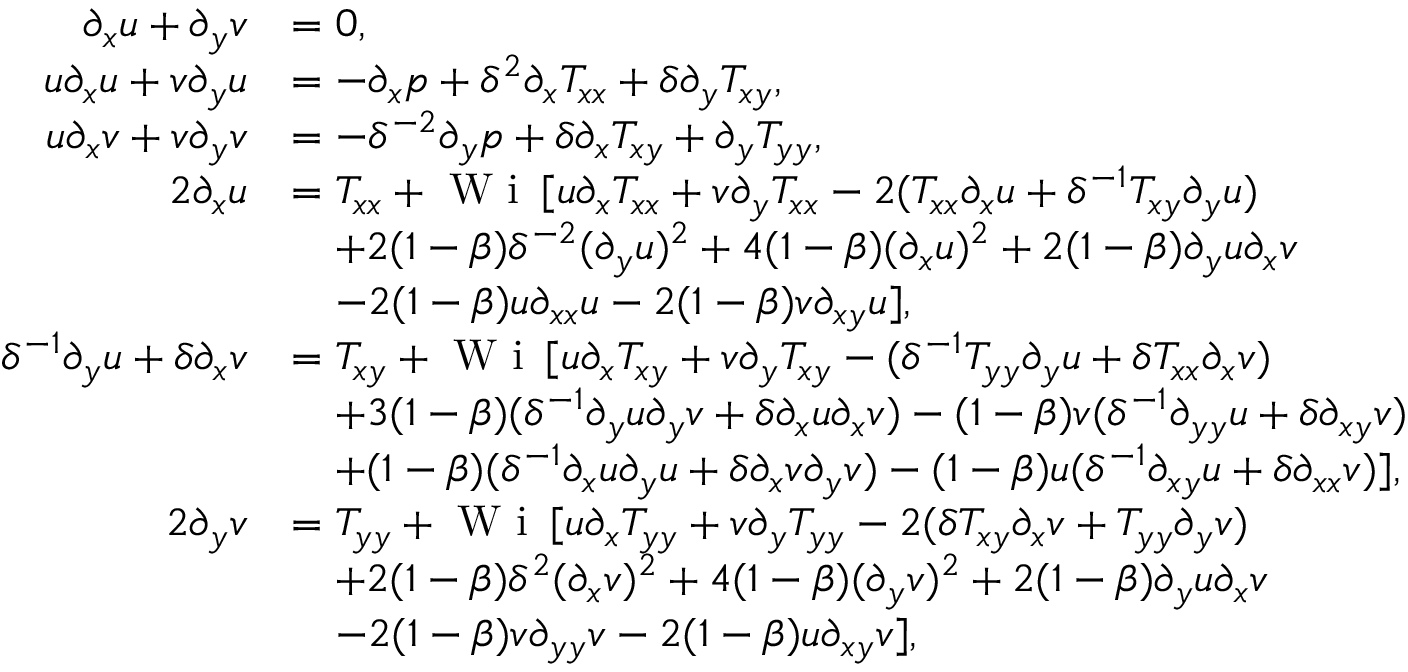
\begin{array} { r l } { \partial _ { x } u + \partial _ { y } v } & { = 0 , } \\ { u \partial _ { x } u + v \partial _ { y } u } & { = - \partial _ { x } p + \delta ^ { 2 } \partial _ { x } T _ { x x } + \delta \partial _ { y } T _ { x y } , } \\ { u \partial _ { x } v + v \partial _ { y } v } & { = - \delta ^ { - 2 } \partial _ { y } p + \delta \partial _ { x } T _ { x y } + \partial _ { y } T _ { y y } , } \\ { 2 \partial _ { x } u } & { = T _ { x x } + \textrm { W i } \, [ u \partial _ { x } T _ { x x } + v \partial _ { y } T _ { x x } - 2 ( T _ { x x } \partial _ { x } u + \delta ^ { - 1 } T _ { x y } \partial _ { y } u ) } \\ & { \quad + 2 ( 1 - \beta ) \delta ^ { - 2 } ( \partial _ { y } u ) ^ { 2 } + 4 ( 1 - \beta ) ( \partial _ { x } u ) ^ { 2 } + 2 ( 1 - \beta ) \partial _ { y } u \partial _ { x } v } \\ & { \quad - 2 ( 1 - \beta ) u \partial _ { x x } u - 2 ( 1 - \beta ) v \partial _ { x y } u ] , } \\ { \delta ^ { - 1 } \partial _ { y } u + \delta \partial _ { x } v } & { = T _ { x y } + \textrm { W i } \, [ u \partial _ { x } T _ { x y } + v \partial _ { y } T _ { x y } - ( \delta ^ { - 1 } T _ { y y } \partial _ { y } u + \delta T _ { x x } \partial _ { x } v ) } \\ & { \quad + 3 ( 1 - \beta ) ( \delta ^ { - 1 } \partial _ { y } u \partial _ { y } v + \delta \partial _ { x } u \partial _ { x } v ) - ( 1 - \beta ) v ( \delta ^ { - 1 } \partial _ { y y } u + \delta \partial _ { x y } v ) } \\ & { \quad + ( 1 - \beta ) ( \delta ^ { - 1 } \partial _ { x } u \partial _ { y } u + \delta \partial _ { x } v \partial _ { y } v ) - ( 1 - \beta ) u ( \delta ^ { - 1 } \partial _ { x y } u + \delta \partial _ { x x } v ) ] , } \\ { 2 \partial _ { y } v } & { = T _ { y y } + \textrm { W i } \, [ u \partial _ { x } T _ { y y } + v \partial _ { y } T _ { y y } - 2 ( \delta T _ { x y } \partial _ { x } v + T _ { y y } \partial _ { y } v ) } \\ & { \quad + 2 ( 1 - \beta ) \delta ^ { 2 } ( \partial _ { x } v ) ^ { 2 } + 4 ( 1 - \beta ) ( \partial _ { y } v ) ^ { 2 } + 2 ( 1 - \beta ) \partial _ { y } u \partial _ { x } v } \\ & { \quad - 2 ( 1 - \beta ) v \partial _ { y y } v - 2 ( 1 - \beta ) u \partial _ { x y } v ] , } \end{array}